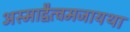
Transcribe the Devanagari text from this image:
अस्माद्वैत्वमजायथा